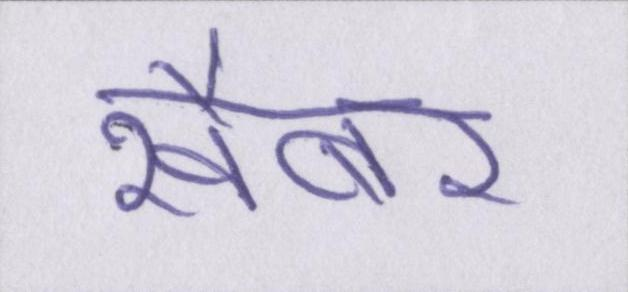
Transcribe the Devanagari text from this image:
खैबर